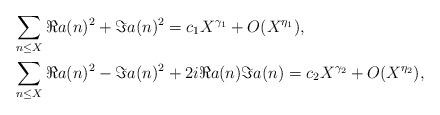
LaTeX: \begin{align*} & \sum_{n \leq X} \Re a(n)^2 + \Im a(n)^2 = c_{1} X^{\gamma_{1}} + O(X^{\eta_{1}}), \\ & \sum_{n \leq X} \Re a(n)^2 - \Im a(n)^2 + 2i\Re a(n)\Im a(n) = c_{2} X^{\gamma_{2}} + O(X^{\eta_{2}}), \end{align*}